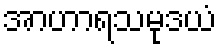
အာဟာရသမုဒယံ